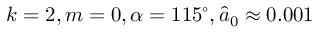
k = 2 , m = 0 , \alpha = 1 1 5 ^ { \circ } , \hat { a } _ { 0 } \approx 0 . 0 0 1